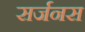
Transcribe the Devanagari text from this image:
सर्जनस